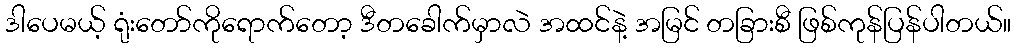
ဒါပေမယ့် ရုံးတော်ကိုရောက်တော့ ဒီတခေါက်မှာလဲ အထင်နဲ့ အမြင် တခြားစီ ဖြစ်ကုန်ပြန်ပါတယ်။